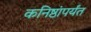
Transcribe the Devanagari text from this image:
कनिष्ठांपर्यंत